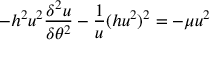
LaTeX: - h ^ { 2 } u ^ { 2 } { \frac { \delta ^ { 2 } u } { \delta \theta ^ { 2 } } } - { \frac { 1 } { u } } ( h u ^ { 2 } ) ^ { 2 } = - \mu u ^ { 2 }